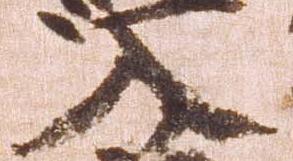
入